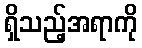
ရှိသည့်အရာကို